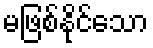
မဖြစ်နိုင်သော